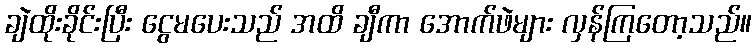
ချဲထိုးခိုင်းပြီး ငွေမပေးသည် အထိ ချီကာ အောက်ဖဲများ လှန်ကြတော့သည်။